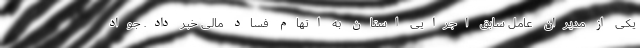
یکی از مدیران عامل سابق اجرایی استان به اتهام فساد مالی خبر داد. جواد